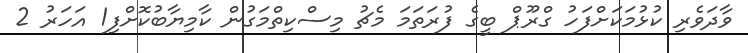
ވާދަވެރި ކުޅުމަކަށްފަހު ގްރޫޕް ބީގެ ފުރަތަމަ މެޗު މިސްކިތްމަގުން ކާމިޔާބުކޮށްފި1 އަހަރު 2